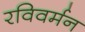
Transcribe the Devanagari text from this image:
रविवर्मन